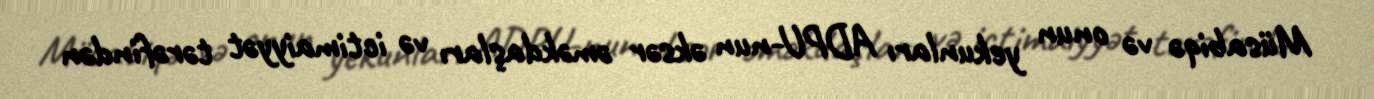
Müsabiqə və onun yekunları ADPU-nun əksər əməkdaşları və ictimaiyyət tərəfindən